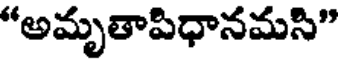
"అమృతాపిధానమసి"